Reports on dispensaries and lunatic asylums in the Province of Oudh - 1869-1876
Year: 1869
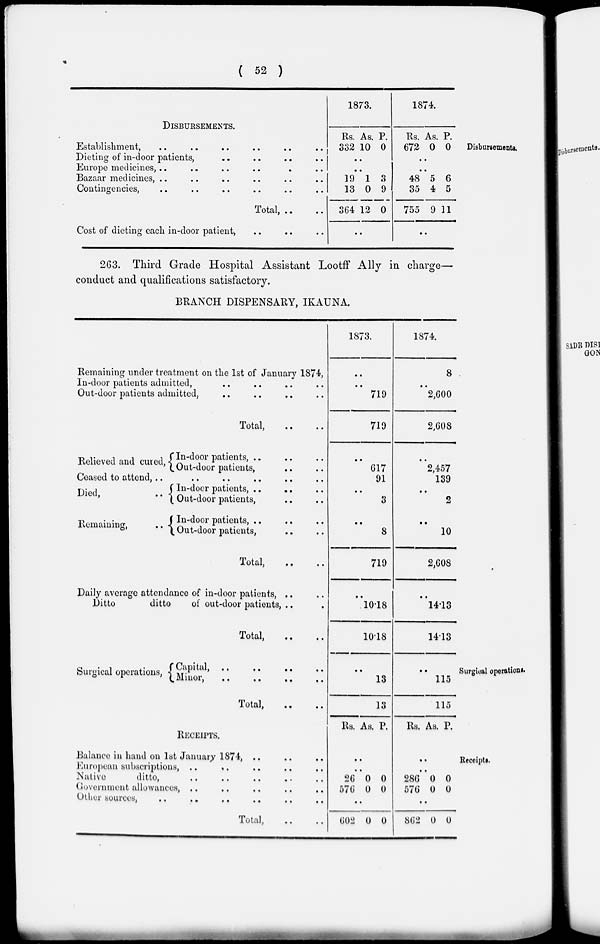
( 52 )
Disbursements.
DISBURSEMENTS.
Establishment, .. .. .. .. .. ..
Dieting of in-door patients, .. .. .. ..
Europe medicines, .. .. .. .. .. ..
Bazaar medicines, .. .. .. .. .. ..
Contingencies, .. .. .. .. .. ..
Total,
..
..
Cost of dieting each in-door patient, .. .. ..
1873.
Rs.
332
As.
10
P.
0
..
..
19
13
364
1
0
12
3
9
0
..
1874
Rs.
672
As.
0
P.
0
..
..
48
35
755
5
4
9
6
5
11
..
263. Third Grade Hospital Assistant Lootff Ally in charge—
conduct and qualifications satisfactory.
BRANCH DISPENSARY, IKAUNA.
Remaining under treatment on the 1st of January 1874,
In-door patients admitted, .. .. .. ..
Out-door patients admitted, .. .. .. ..
Total, .. ..
Relieved and cured, In-door patients, .. .. ..
Out-door patients, .. ..
Ceased to attend, .. .. .. .. .. ..
Died,
..
Remaining,
..
In-door patients, .. .. ..
Out-door patients, .. ..
[ In-door patients, .. .. ..
Out-door patients, .. ..
Total,
Daily average attendance of in-door patients, .. ..
Ditto
ditto
of out-door patients, .. ..
Total, .. ..
1873.
..
..
719
719
..
617
91
..
3
..
8
719
..
10.18
10.18
1874.
8
..
2,600
2,608
..
2,457
139
..
2
..
10
2,608
..
14.13
14.13
Surgical operations.
Surgical operations,
Capital,
..
..
..
..
Minor,
..
..
..
..
Total, .. ..
..
13
13
..
115
115
Receipts.
RECEIPTS.
Balance in hand on 1st January 1874, .. .. ..
European subscriptions, .. .. .. .. ..
Native
ditto, .. .. .. .. ..
Government allowances, .. .. .. .. ..
Other sources, .. .. .. .. .. ..
Total, .. ..
Rs. As. P.
..
..
26
576
0
0
0
0
..
602 0 0
Rs. As. P.
..
..
286
576
0
0
0
0
..
862 0 0